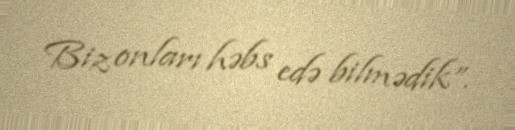
Biz onları həbs edə bilmədik”.